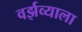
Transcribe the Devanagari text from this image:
वर्झव्याला